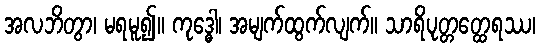
အလဘိတွာ၊ မရမူ၍။ ကုဒ္ဓေါ၊ အမျက်ထွက်လျက်။ သာရိပုတ္တတ္ထေရဿ၊